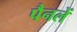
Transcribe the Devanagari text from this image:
पैनलें